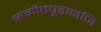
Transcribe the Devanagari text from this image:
संगीतचूड़ामणि